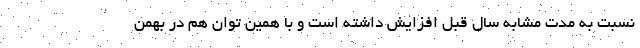
نسبت به مدت مشابه سال قبل افزایش داشته است و با همین توان هم در بهمن